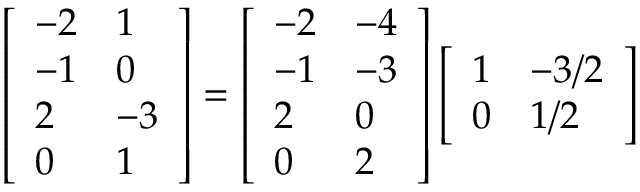
\begin{array} { r } { \left[ \begin{array} { l l } { - 2 } & { 1 } \\ { - 1 } & { 0 } \\ { 2 } & { - 3 } \\ { 0 } & { 1 } \end{array} \right] = \left[ \begin{array} { l l } { - 2 } & { - 4 } \\ { - 1 } & { - 3 } \\ { 2 } & { 0 } \\ { 0 } & { 2 } \end{array} \right] \left[ \begin{array} { l l } { 1 } & { - 3 / 2 } \\ { 0 } & { 1 / 2 } \end{array} \right] } \end{array}